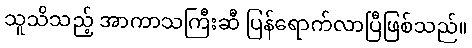
သူသိသည့် အာကာသကြီးဆီ ပြန်ရောက်လာပြီဖြစ်သည်။